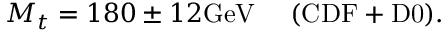
M _ { t } = 1 8 0 \pm 1 2 \mathrm { G e V } ~ ~ ~ ~ \mathrm { ( C D F + D 0 ) } .